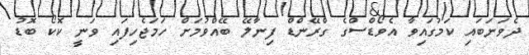
ދެވަނަބައި ކަމުގައިވާ އެވޯޑްސްގެ ގްރޭންޑް ފިނާލޭ ބޭއްވުމަށް ހަމަޖެހިފައި ވަނީ ކޮކޯ ބޮޑު